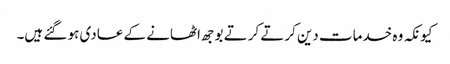
کیونکہ وہ خدمات دین کرتے کرتے بوجھ اٹھانے کے عادی ہو گئے ہیں۔